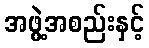
အဖွဲ့အစည်းနှင့်